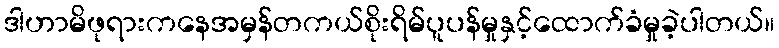
ဒါဟာမိဖုရားကနေအမှန်တကယ်စိုးရိမ်ပူပန်မှုနှင့်ထောက်ခံမှုခဲ့ပါတယ်။